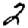
Digit: 2